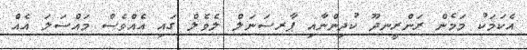
އެކަމަކު މަމެން ރަންރީނދޫ ކުދިންނާއި ޕާރސަނަލް ލެވެލް ގައި އެއްވެސް މައްސަލަ އެއް